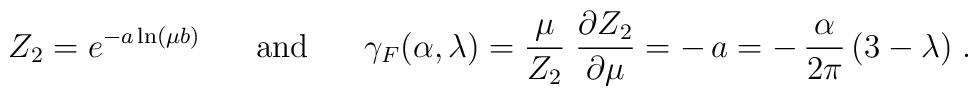
Z_{2}=  e^{-a\ln (\mu b)} \;\;\;\;\;\;  {\rm and} \;\;\;\;\;\;  \gamma_{F}(\alpha , \lambda )=  \frac{\mu}{Z_{2}}\;\frac{\partial Z_{2}}{\partial \mu}  =  -\,a=  -\, \frac{\alpha}{2\pi}\,(3-\lambda ) \; .